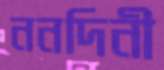
ননদিনী